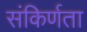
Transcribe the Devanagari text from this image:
संकिर्णता